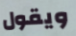
ويقول